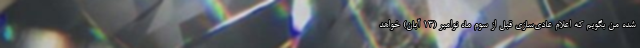
شده من بگویم که اعلام‌ عادی‌سازی قبل از سوم ماه نوامبر (۱۳ آبان) خواهد